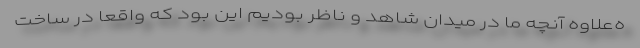
ه‌علاوه آنچه ما در میدان شاهد و ناظر بودیم این بود که واقعاً در ساخت